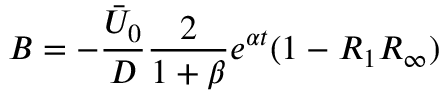
B = - \frac { \bar { U } _ { 0 } } { D } \frac { 2 } { 1 + \beta } e ^ { \alpha t } ( 1 - R _ { 1 } R _ { \infty } )